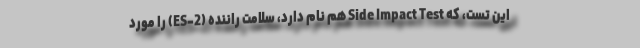
این تست، که Side Impact Test هم نام دارد، سلامت راننده (ES-2) را مورد